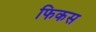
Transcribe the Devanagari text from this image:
फिकस